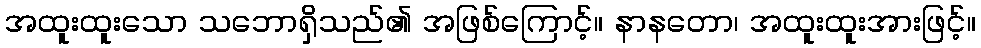
အထူးထူးသော သဘောရှိသည်၏ အဖြစ်ကြောင့်။ နာနတော၊ အထူးထူးအားဖြင့်။